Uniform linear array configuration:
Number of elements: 24
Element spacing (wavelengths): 0.75
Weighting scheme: cosine
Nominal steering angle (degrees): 60
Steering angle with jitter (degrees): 59.923
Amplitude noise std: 0.05
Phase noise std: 0.05

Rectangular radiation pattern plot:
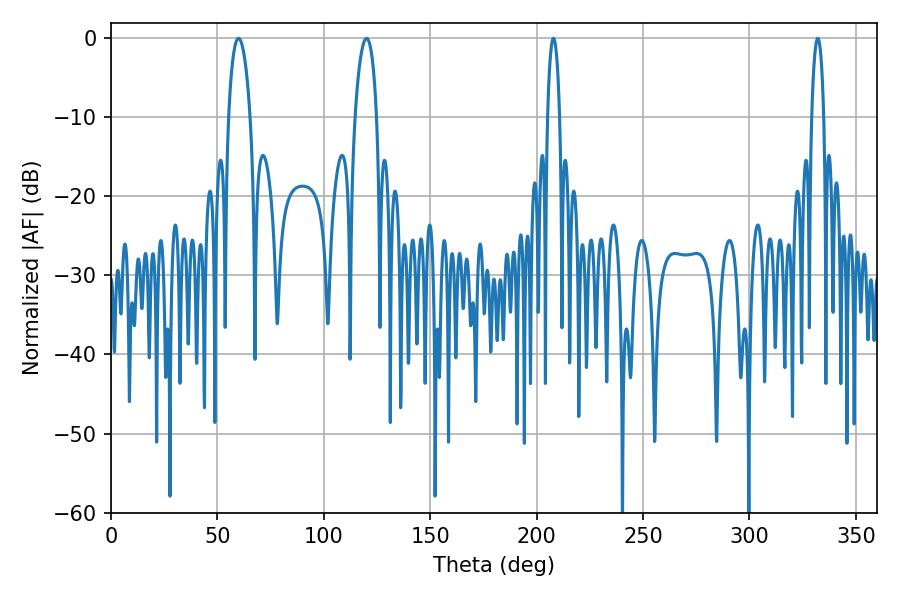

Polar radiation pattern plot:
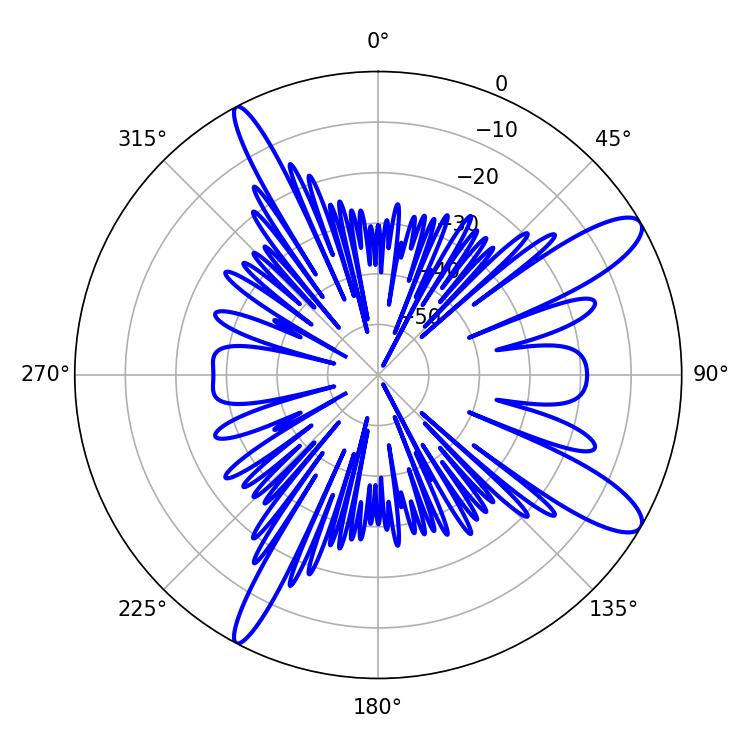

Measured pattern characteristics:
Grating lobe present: TRUE
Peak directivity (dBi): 11.678
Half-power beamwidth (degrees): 3.24
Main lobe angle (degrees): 207.9